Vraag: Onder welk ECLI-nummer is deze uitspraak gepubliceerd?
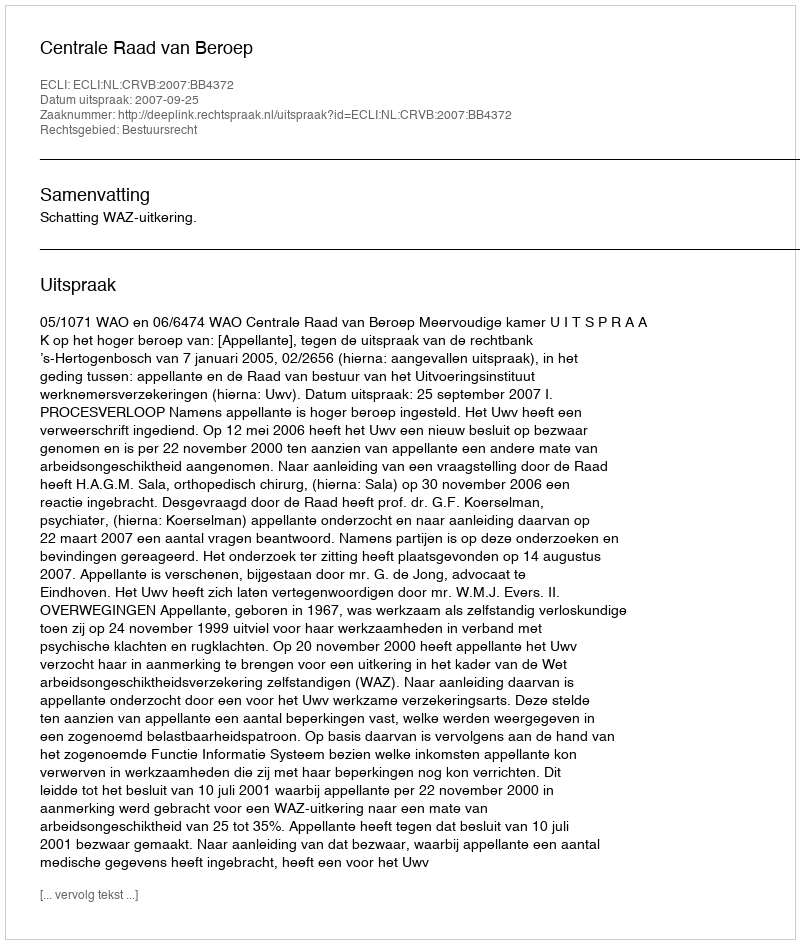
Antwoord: ECLI:NL:CRVB:2007:BB4372